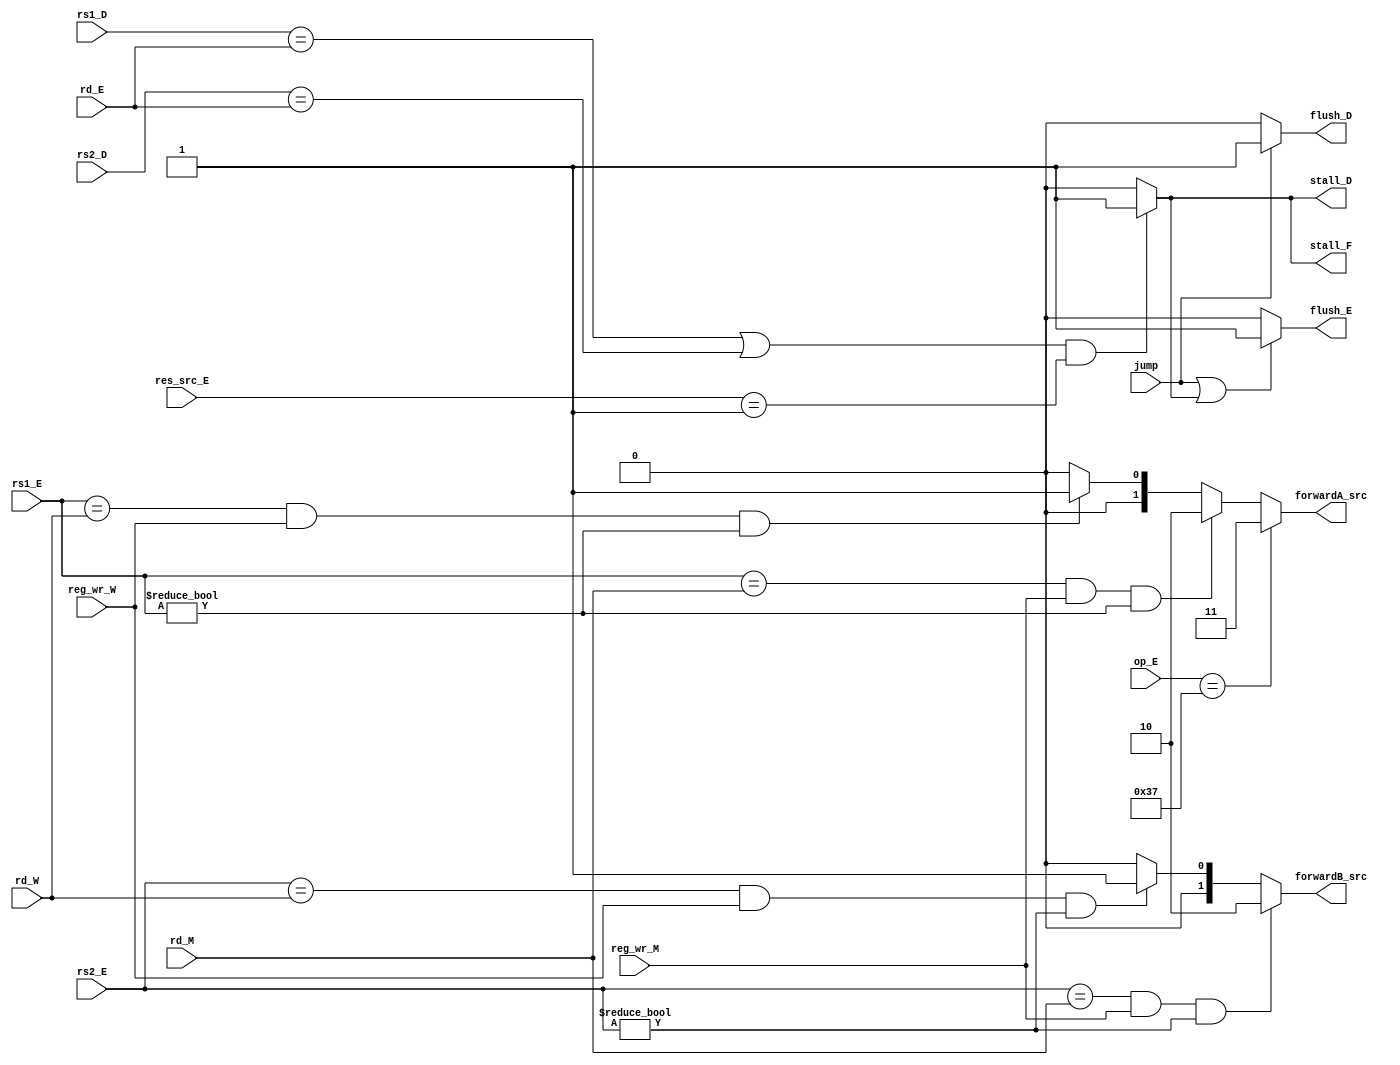

module Hazard_Unit(rs1_D, rs2_D, rs1_E, rs2_E, rd_E, jump, res_src_E, rd_M, rd_W, reg_wr_M, reg_wr_W,
stall_F, stall_D, flush_D, flush_E, forwardA_src, forwardB_src, op_E);

input wire[0:0] jump, reg_wr_W, reg_wr_M;
input wire[1:0] res_src_E;
input wire[4:0] rs1_D, rs2_D, rs1_E, rs2_E, rd_E, rd_M, rd_W;
input wire[6:0] op_E;

output wire[0:0] stall_F, stall_D, flush_D, flush_E;
output wire[1:0] forwardA_src, forwardB_src;

wire [0:0] lw_stall;
assign lw_stall = ((rs1_D==rd_E || rs2_D==rd_E) && (res_src_E==2'b01)) ? 1'b1 : 1'b0;

assign stall_F = lw_stall;
assign stall_D = lw_stall;
assign flush_D = (jump == 1'b1) ? 1'b1 : 1'b0;
assign flush_E = (jump == 1'b1 || lw_stall == 1'b1) ? 1'b1 : 1'b0;
assign forwardA_src = (op_E==7'b0110111) ? 2'b11 : 
                      (rs1_E==rd_M && reg_wr_M==1'b1 && rs1_E!=5'b0) ? 2'b10 :
                      (rs1_E==rd_W && reg_wr_W==1'b1 && rs1_E!=5'b0) ? 2'b01 : 2'b00;
assign forwardB_src = (rs2_E==rd_M && reg_wr_M==1'b1 && rs2_E!=5'b0) ? 2'b10 :
                      (rs2_E==rd_W && reg_wr_W==1'b1 && rs2_E!=5'b0) ? 2'b01 : 2'b00;

endmodule